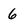
Character: 6